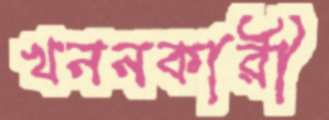
খননকারী